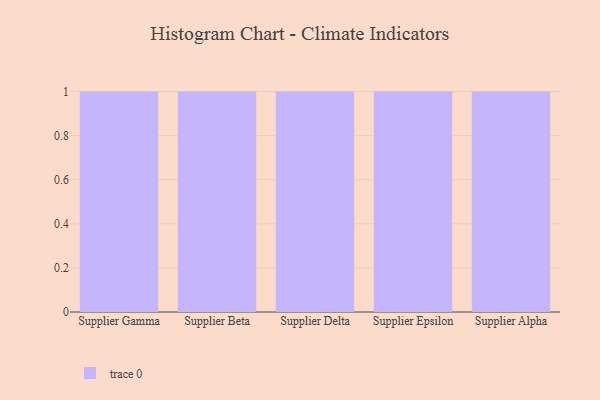
{"axis": {"x": "Supplier", "y": "Churn Rate (%)"}, "legend": [""], "data": [{"x": "Supplier Gamma", "y": 11, "type": ""}, {"x": "Supplier Beta", "y": 100, "type": ""}, {"x": "Supplier Delta", "y": 66, "type": ""}, {"x": "Supplier Epsilon", "y": 74, "type": ""}, {"x": "Supplier Alpha", "y": 63, "type": ""}]}